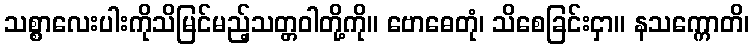
သစ္စာလေးပါးကိုသိမြင်မည့်သတ္တဝါတို့ကို။ ဗောဓေတုံ၊ သိစေခြင်းငှာ။ နသက္ကောတိ၊